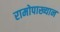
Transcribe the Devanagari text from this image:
रामोपाख्यान